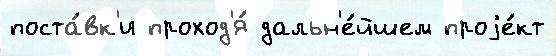
поста́вк'и проход'я́ дальн'е́йшем проjе́кт